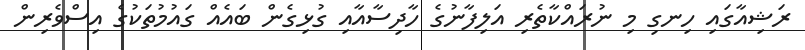
ރަޝިއާގައި ހިނގި މި ނުރައްކާތެރި އަލިފާނުގެ ހާދިސާއާއި ގުޅިގެން ބައެއް ގައުމުތަކުގެ އިސްވެރިން